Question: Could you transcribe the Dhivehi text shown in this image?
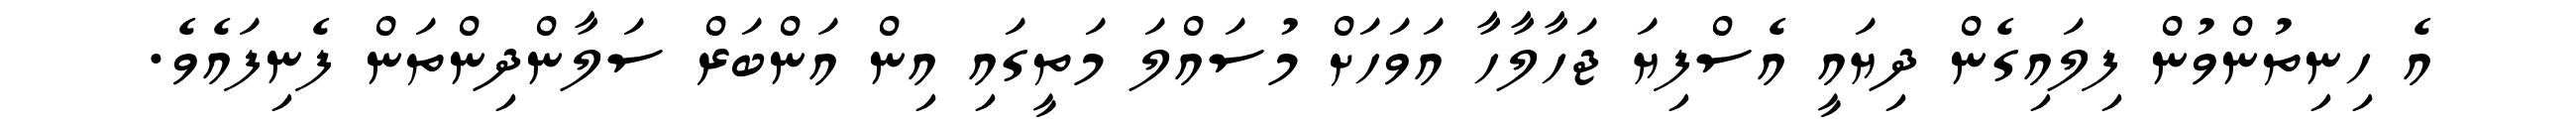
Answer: އެ ހިނިތުންވުން ފިލައިގެން ދިޔައީ އެސްފިޔަ ޖަހާލާހާ އަވަހަށް މުސައްލަ މަތީގައި އިން އަންބަރް ސަލާންދިންތަން ފެނިފައެވެ.